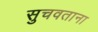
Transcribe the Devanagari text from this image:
सुचवताना